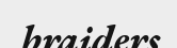
braiders